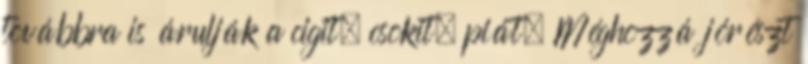
továbbra is árulják a cigit, csokit, piát. Méghozzá jórészt